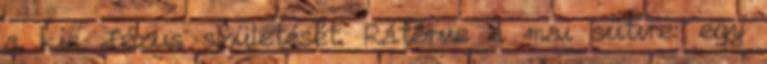
a kis Jézus születését. Rátérve a mai sütire: egy